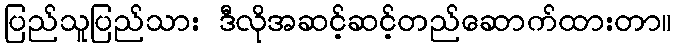
ပြည်သူပြည်သား ဒီလိုအဆင့်ဆင့်တည်ဆောက်ထားတာ။